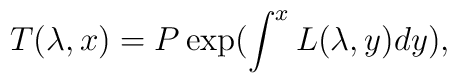
T(\lambda,x)=P\exp(\int^xL(\lambda,y)dy),